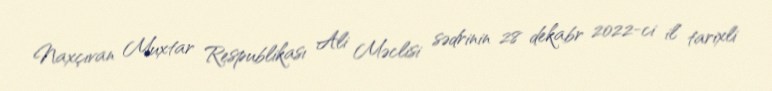
Naxçıvan Muxtar Respublikası Ali Məclisi sədrinin 28 dekabr 2022-ci il tarixli